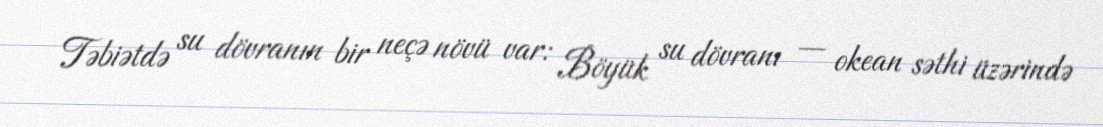
Təbiətdə su dövranın bir neçə növü var: Böyük su dövranı — okean səthi üzərində